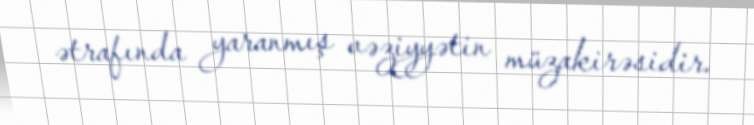
ətrafında yaranmış vəziyyətin müzakirəsidir.